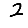
Digit: 2